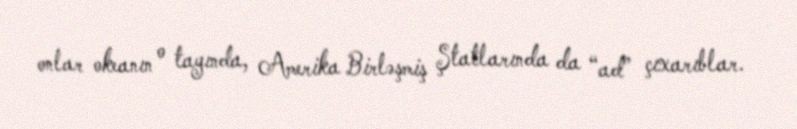
onlar okeanın o tayında, Amerika Birləşmiş Ştatlarında da “ad” çıxarıblar.